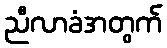
ညီလာခံအတွက်